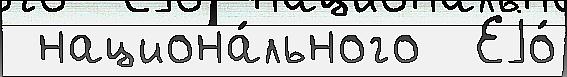
 национа́льного  Еjо́